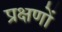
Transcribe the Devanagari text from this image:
प्रक्षणों